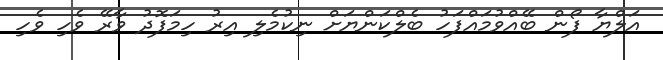
އަލްޔާ ފޯން ބޭއްވުމައްފަހު ބެލްކަންޔަށް ނިކުމެލި އިރު ހިމަފޮދު ވާރޭ ވެހި ވެހި